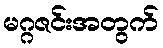
မဂ္ဂဇင်းအတွက်